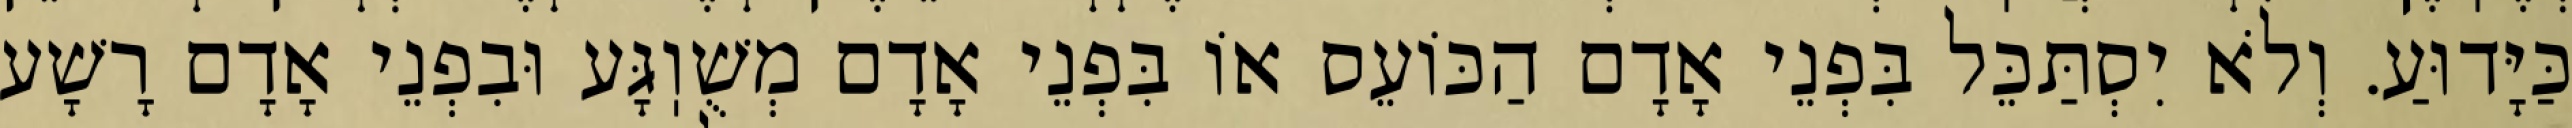
כַּיָּדוּעַ. וְלֹא יִסְתַּכֵּל בִּפְנֵי אָדָם הַכּוֹעֵס אוֹ בִּפְנֵי אָדָם מְשֻׁוֽגָּע וּבִפְנֵי אָדָם רָשָׁע